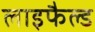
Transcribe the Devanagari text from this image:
लाइफैल्ड